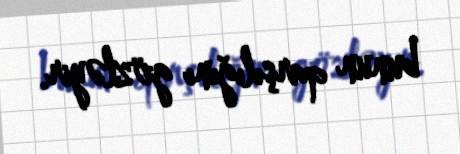
bunun qarşılığını gözləyir.